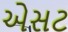
એસટ